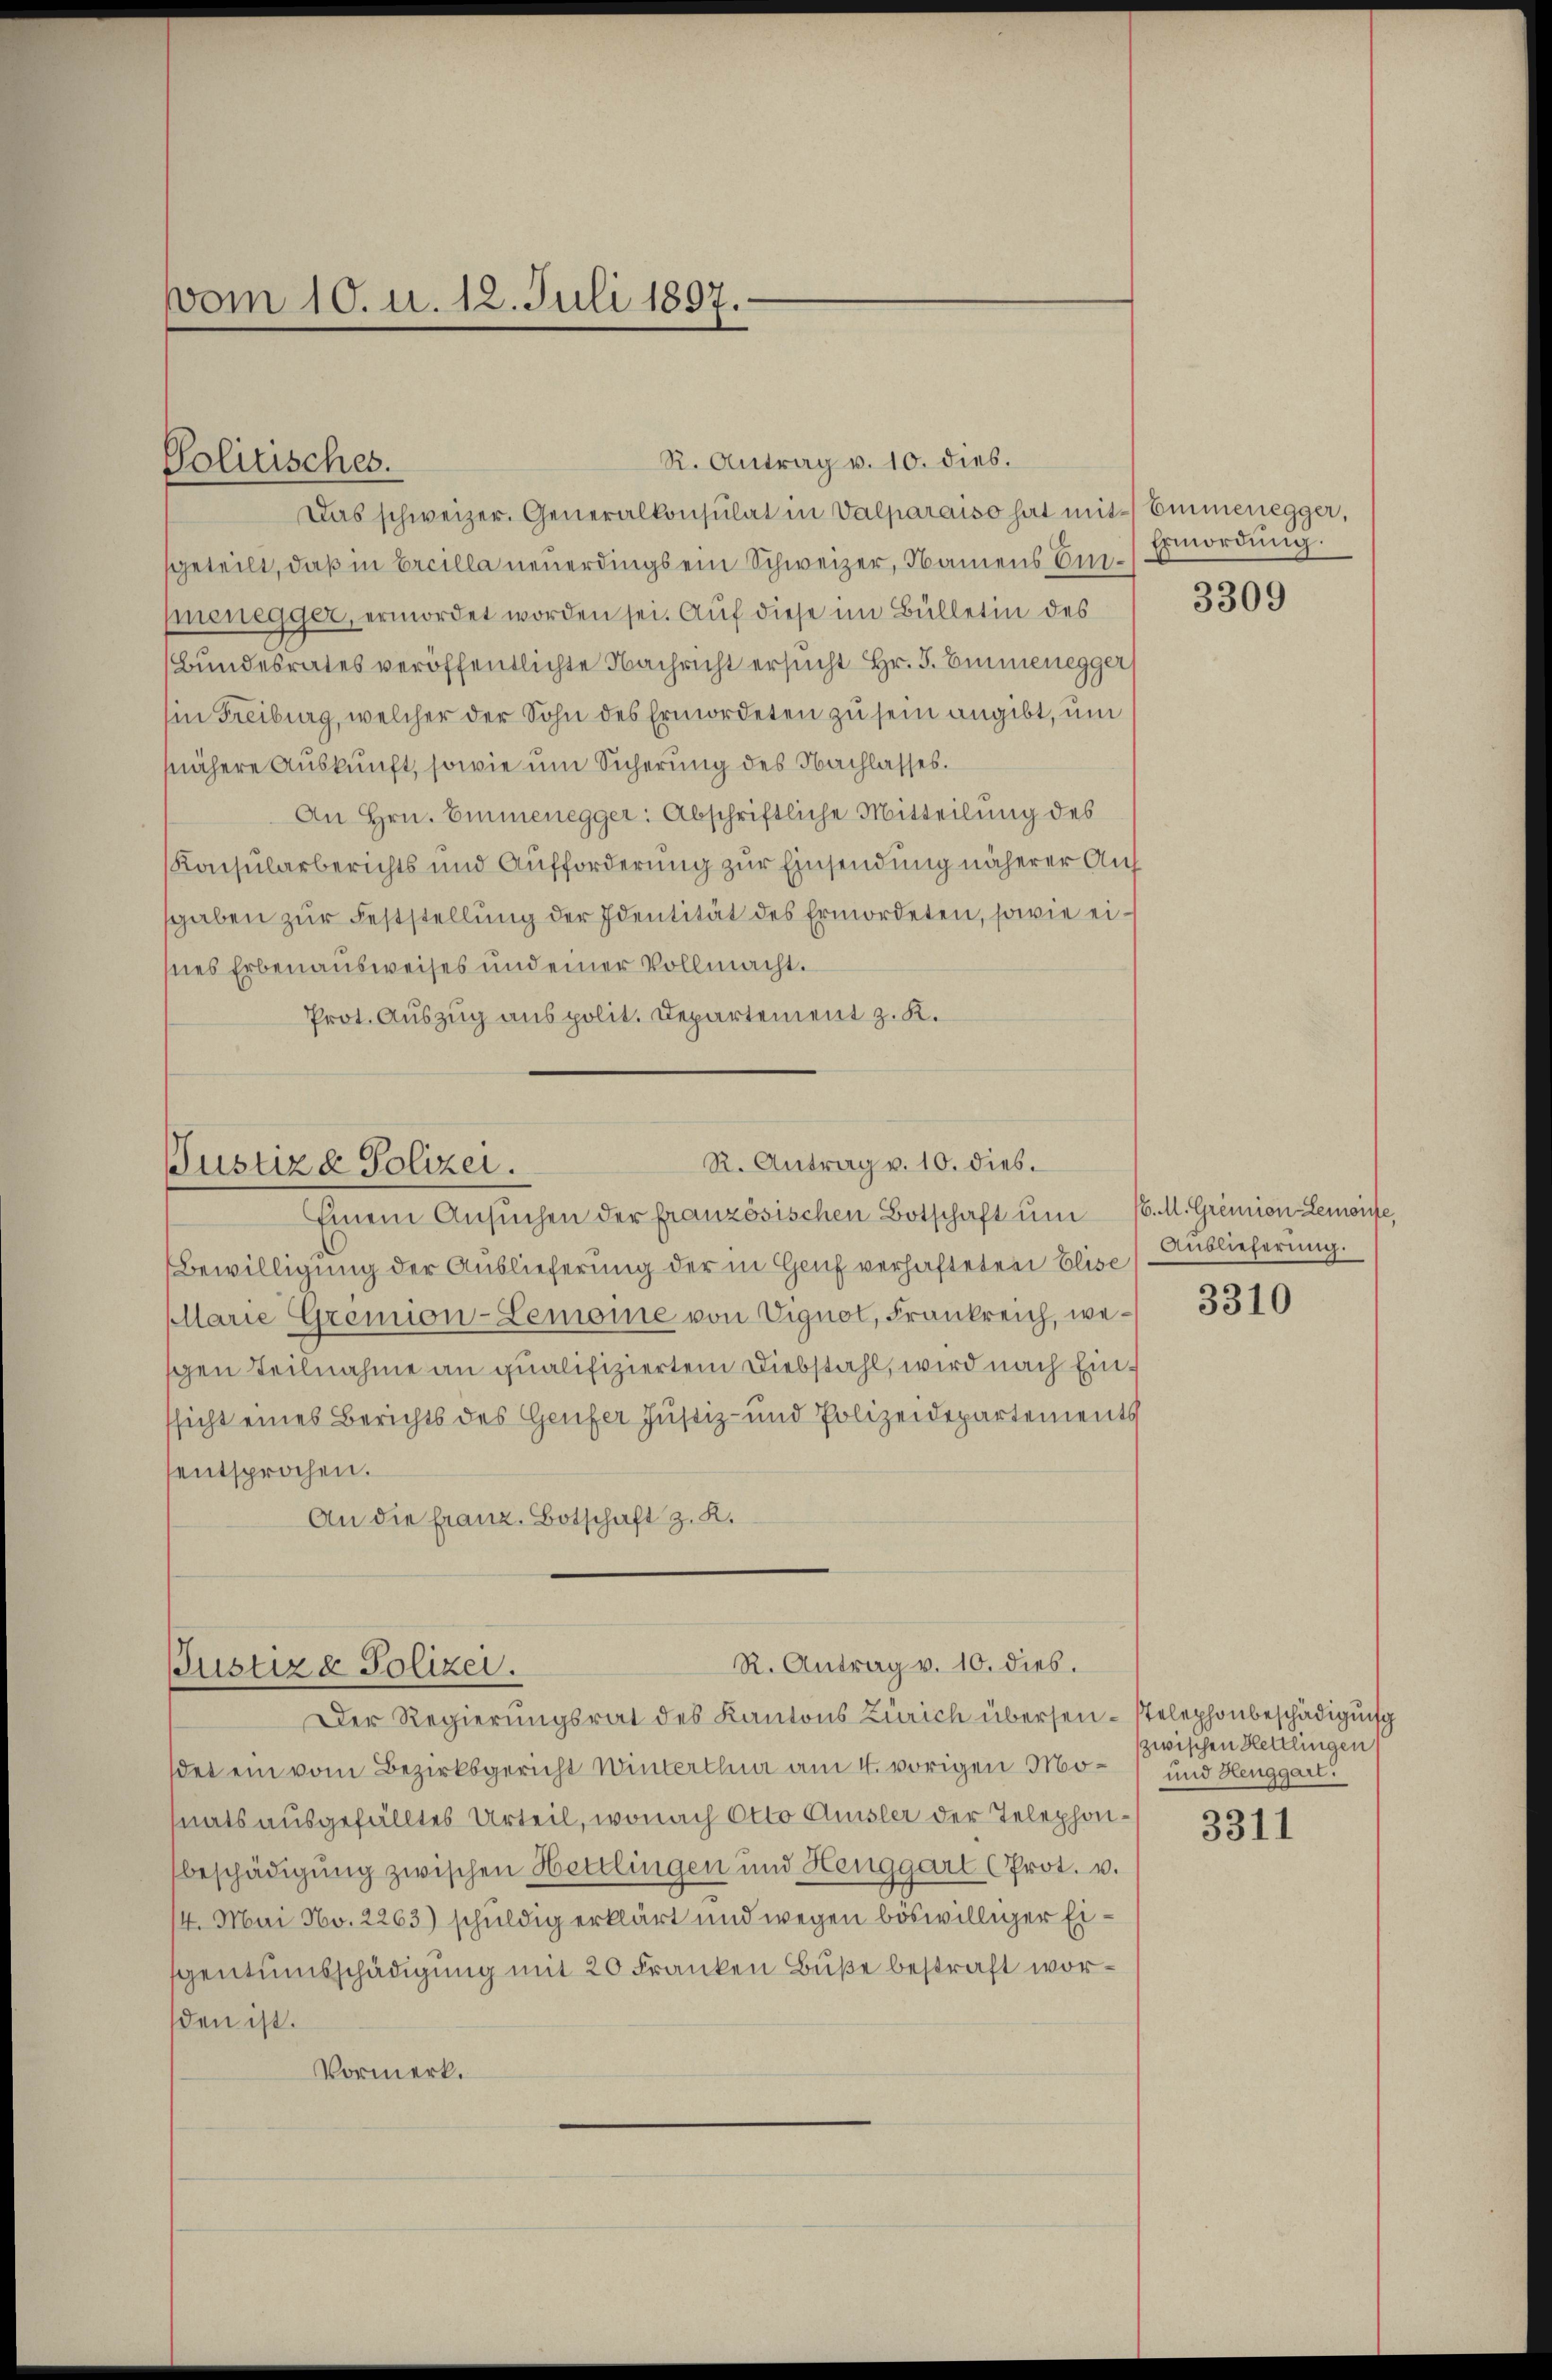
vom 10. u. 12. Juli 1897.

Politisches.

Das schweizer. Generalkonsulat in Valparaiso hat mit Emmenegger,
geteilt, daß in Ercilla neuerdings ein Schweizer, Namens Einhenegger, ermordet worden sei. Auf diese im Bülletin des
(Bundesrates veröffentlichte Nachricht ersucht Hr. J. Emmenegger
in Freiburg, welcher der Sohn des Ermordeten zu sein angibt, um
nähere Auskunft, sowie um Sicherung des Nachlasses.
An Hrn. Emmenegger: Abschriftliche Mitteilung des
Konsularberichts und Aufforderung zur Einsendung näherer Aufsgaben zŭr Feststellŭng der Identität des Ermordeten, sowie eihnes Erbenausweises und einer Vollmacht.
Prot. Auszug aus polit. Departement z. K.

Bewilligung der Auslieferung der in Genf verhafteten Elise
Marie Gremion-Lemonie von Vignot, Frankreich, wegen Teilnahme an qualifiziertem Diebstahl, wird nach Einssicht eines Berichts des Genfer Justiz- und Polizeidepartements
sentsprochen.
An die franz. Botschaft z. R.

R. Antrag v. 10. dies.

R. Antrag v. 10. dies.
Justiz & Polizei.
Einem Ansŭchen der französischen Botschaft ŭm /. M. Gremien Lemonte,

R. Antrag v. 10. dies.
Justiz & Polizei.
Der Regierungsrat des Kantons Zürich übersen- stelephonbeschädigung

Ermordung.

det ein vom Bezirksgericht Winterthur am 4. vorigen Mo- und Henggart.
nats ausgefälltes Urteil, wonach Otto Amsler der Telephonbeschädigung zwischen Hettlingen und Henggart (Prot. v.
14. Mai No. 2263) schuldig erklärt und wegen böswilliger Eigentumsschädigung mit 20 Franken Buße bestraft worden ist.
Vormerk.

3309

Auslieferung.

3310

zwischen Hettlingen

3311